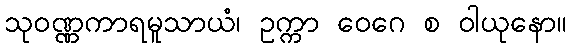
သုဝဏ္ဏကာရမူသာယံ၊ ဥက္ကာ ဝေဂေ စ ဝါယုနော။